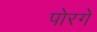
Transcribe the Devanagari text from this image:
पोरगे